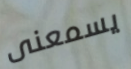
يسمعنى